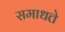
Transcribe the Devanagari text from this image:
समाधत्ते